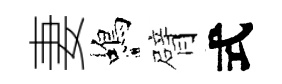
妻蝎臂式